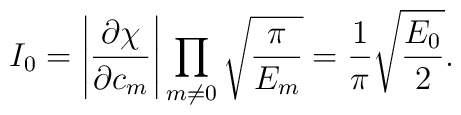
I_0 =  \left|\frac{\partial\chi}{\partial c_m}\right| \prod_{m\neq 0}\sqrt{\frac{\pi}{E_m}} = \frac{1}{\pi}\sqrt{\frac{E_0}{2}}.